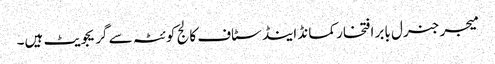
میجر جنرل بابر افتخار کمانڈ اینڈ سٹاف کالج کوئٹہ سے گریجویٹ ہیں۔